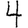
Digit: 4